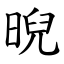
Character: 晲